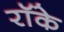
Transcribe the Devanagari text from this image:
रॉके